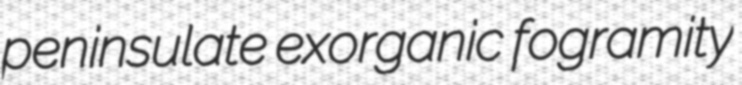
peninsulate exorganic fogramity